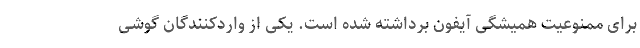
برای ممنوعیت همیشگی آیفون برداشته شده است. یکی از واردکنندگان گوشی